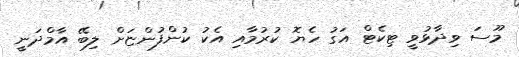
މޫސަ ވިދާޅުވީ ޓިކެޓް އަގު ހެޔޮ ކުރުމާއި އެކު ކުންފުންޏަށް ލިބޭ އާމްދަނީ